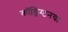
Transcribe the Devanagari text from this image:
कॉड्रिंग्टनचा